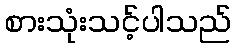
စားသုံးသင့်ပါသည်